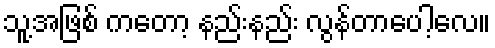
သူ့အဖြစ် ကတော့ နည်းနည်း လွန်တာပေါ့လေ။